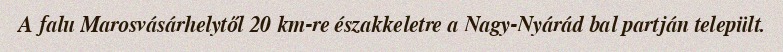
A falu Marosvásárhelytől 20 km-re északkeletre a Nagy-Nyárád bal partján települt.